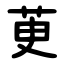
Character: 茰